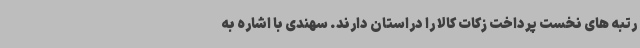
رتبه های نخست پرداخت زکات کالا را دراستان دارند. سهندی با اشاره به